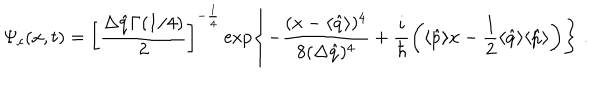
\Psi _ { c } ( x , t ) = \left[ \frac { \Delta \hat { q } \Gamma ( 1 / 4 ) } { 2 } \right] ^ { - \frac { 1 } { 4 } } \exp \left\{ - \frac { ( x - \langle \hat { q } \rangle ) ^ { 4 } } { 8 ( \Delta \hat { q } ) ^ { 4 } } + \frac { i } { \hbar } \left( \langle \hat { p } \rangle x - \frac { 1 } { 2 } \langle \hat { q } \rangle \langle \hat { p } \rangle \right) \right\} \; .